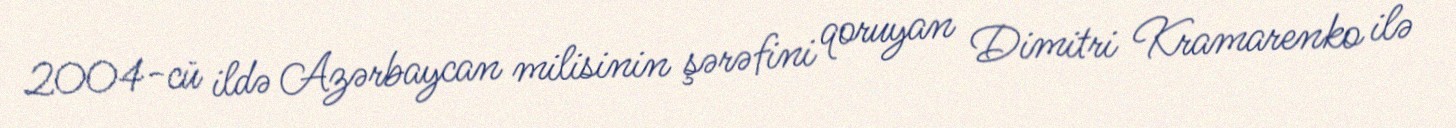
2004-cü ildə Azərbaycan milisinin şərəfini qoruyan Dimitri Kramarenko ilə